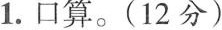
1.口算。(12分)